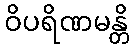
ဝိပရိဏမန္တိ